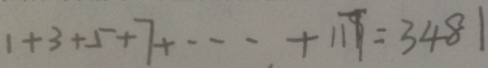
1 + 3 + 5 + 7 + \cdots + 1 1 7 = 3 4 8 1